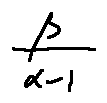
\frac { \beta } { \alpha - 1 }